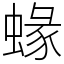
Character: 蝝